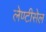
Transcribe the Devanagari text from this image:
लेण्टीसेल